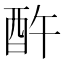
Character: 𲆨